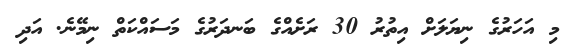
މި އަހަރުގެ ނިޔަލަށް އިތުރު 30 ރަށެއްގެ ބަނދަރުގެ މަސައްކަތް ނިމޭނެ. އަދި